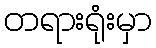
တရားရုံးမှာ